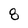
Character: 8